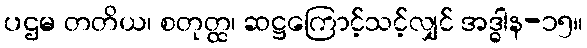
ပဌမ တတိယ၊ စတုတ္ထ၊ ဆဋ္ဌကြောင့်သင့်လျှင် အဒ္ဓါန-၁၅။